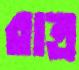
রাত্র